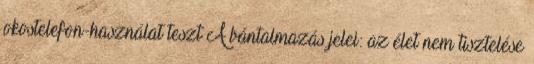
okostelefon-használat teszt A bántalmazás jelei: az élet nem tisztelése